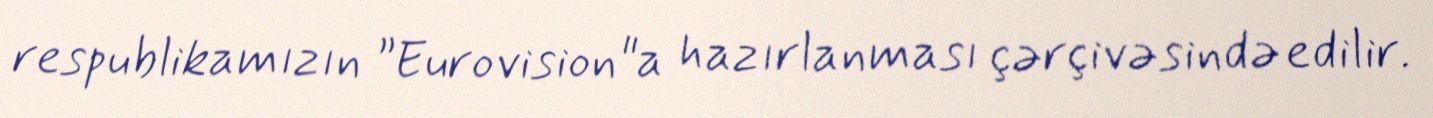
respublikamızın ”Eurovision"a hazırlanması çərçivəsində edilir.